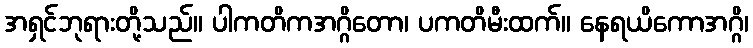
အရှင်ဘုရားတို့သည်။ ပါကတိကအဂ္ဂိတော၊ ပကတိမီးထက်။ နေရယိကောအဂ္ဂိ၊